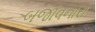
બજાવનારા